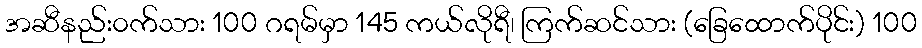
အဆီနည်း၀က်သား 100 ဂရမ်မှာ 145 ကယ်လိုရီ၊ ကြက်ဆင်သား (ခြေထောက်ပိုင်း) 100